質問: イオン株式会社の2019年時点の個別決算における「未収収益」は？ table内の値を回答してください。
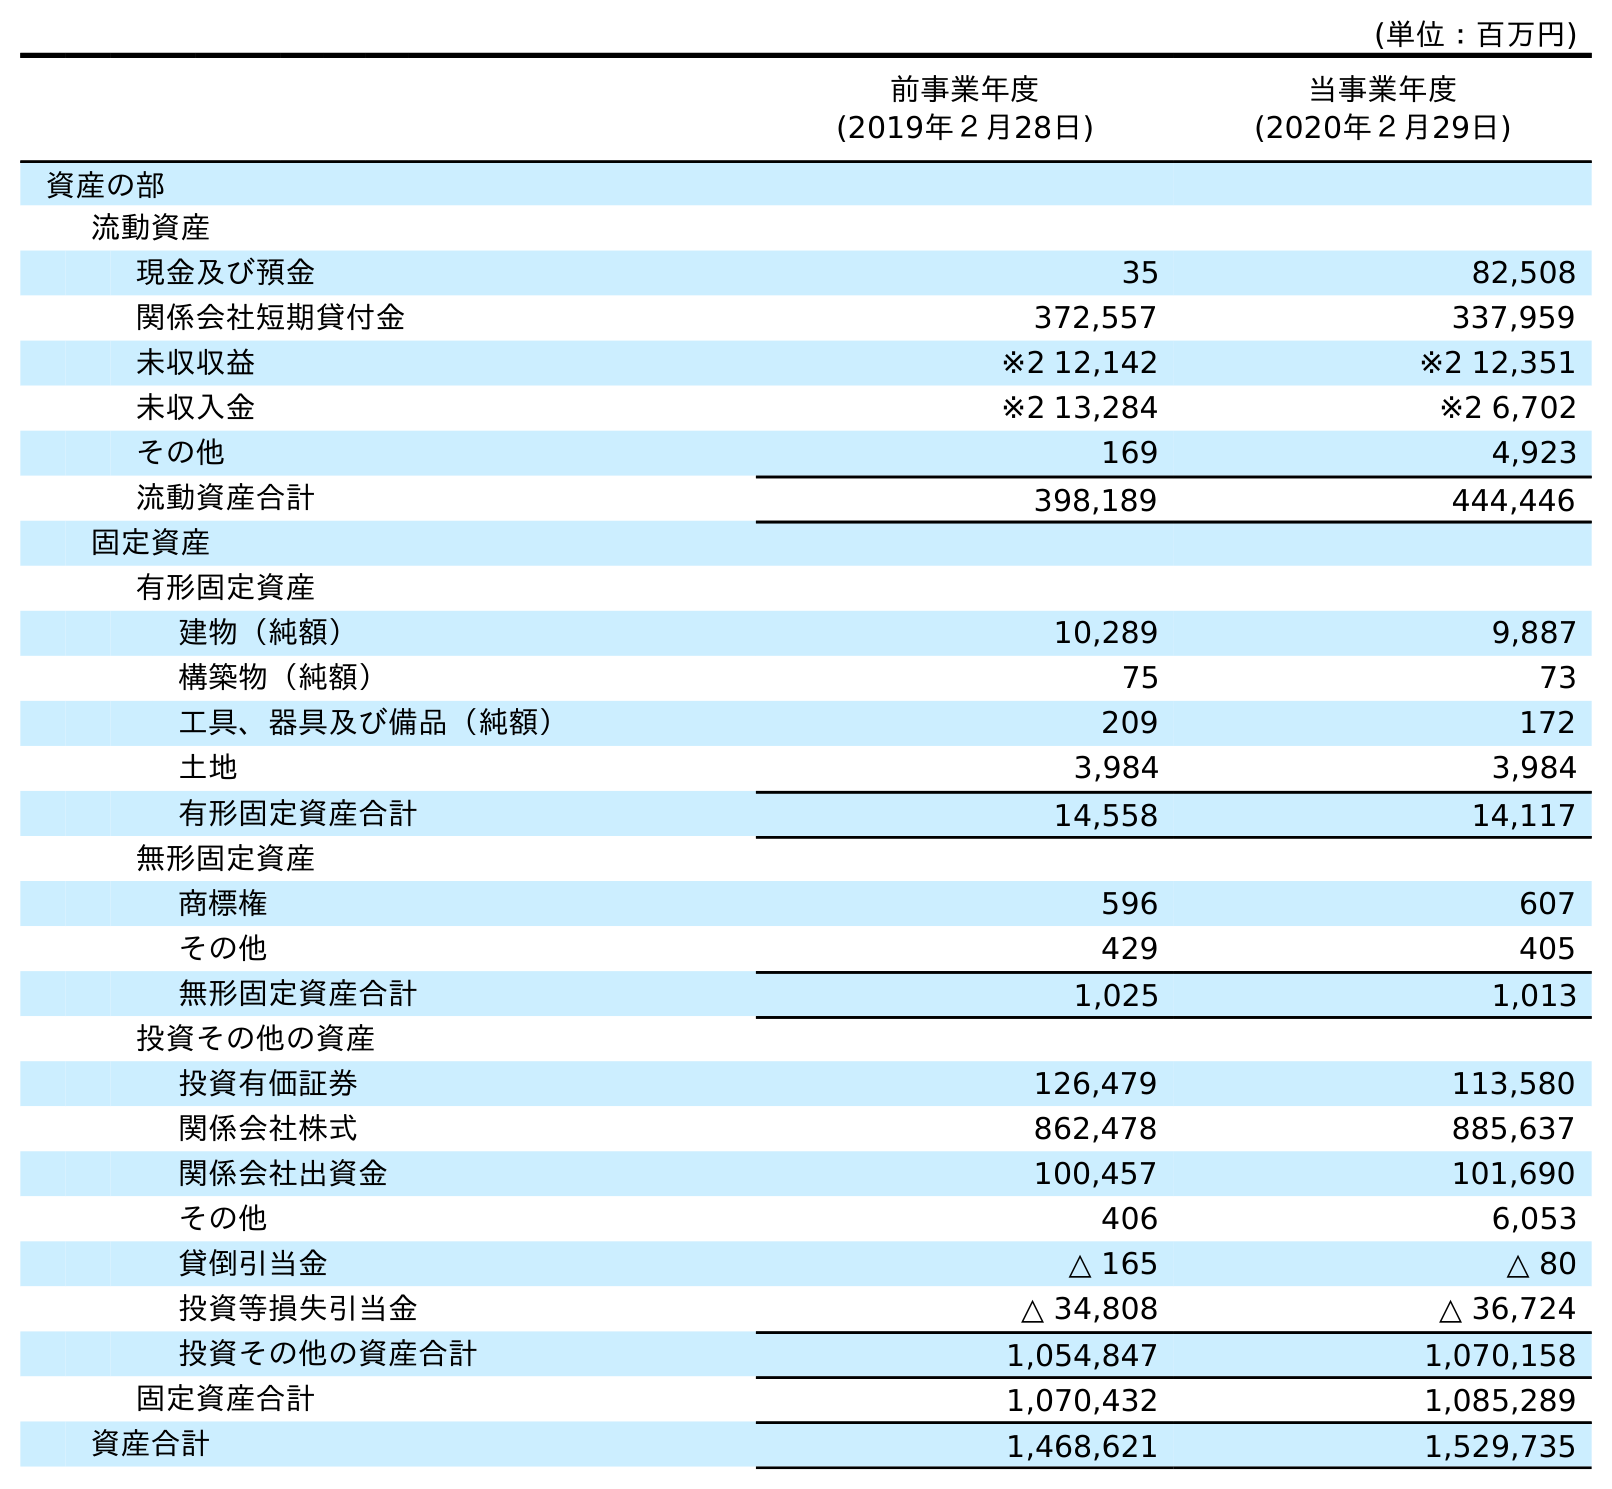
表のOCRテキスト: (単位：百万円) 前事業年度 (2019年２月28日) 当事業年度 (2020年２月29日) 資産の部 流動資産 現金及び預金 35 82,508 関係会社短期貸付金 372,557 337,959 未収収益 ※2 12,142 ※2 12,351 未収入金 ※2 13,284 ※2 6,702 その他 169 4,923 流動資産合計 398,189 444,446 固定資産 有形固定資産 建物（純額） 10,289 9,887 構築物（純額） 75 73 工具、器具及び備品（純額） 209 172 土地 3,984 3,984 有形固定資産合計 14,558 14,117 無形固定資産 商標権 596 607 その他 429 405 無形固定資産合計 1,025 1,013 投資その他の資産 投資有価証券 126,479 113,580 関係会社株式 862,478 885,637 関係会社出資金 100,457 101,690 その他 406 6,053 貸倒引当金 △ 165 △ 80 投資等損失引当金 △ 34,808 △ 36,724 投資その他の資産合計 1,054,847 1,070,158 固定資産合計 1,070,432 1,085,289 資産合計 1,468,621 1,529,735
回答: ※212,142